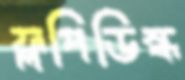
ফ্লপিডিস্ক